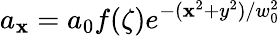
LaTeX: a_{\mathbf{x}}=a_{0}f(\zeta)e^{-(\mathbf{x}^{2}+y^{2})/w_{0}^{2}}